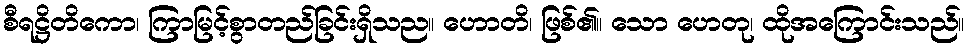
စီရဋ္ဌိတိကော၊ ကြာမြင့်စွာတည်ခြင်းရှိသည။ ဟောတိ၊ ဖြစ်၏။ သော ဟေတု၊ ထိုအကြောင်းသည်။